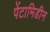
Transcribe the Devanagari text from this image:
पेंटामिडीन